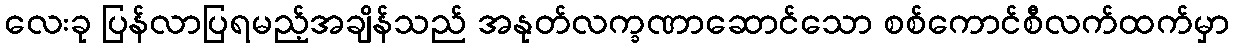
လေးခု ပြန်လာပြရမည့်အချိန်သည် အနုတ်လက္ခဏာဆောင်သော စစ်ကောင်စီလက်ထက်မှာ